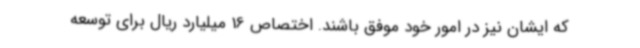
که ایشان نیز در امور خود موفق باشند. اختصاص 16 میلیارد ریال برای توسعه